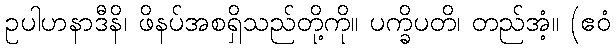
ဥပါဟနာဒီနိ၊ ဖိနပ်အစရှိသည်တို့ကို။ ပက္ခိပတိ၊ တည်အံ့။ (ဧဝံ